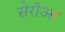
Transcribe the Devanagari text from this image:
सेरीआ